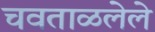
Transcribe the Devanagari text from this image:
चवताळलेले